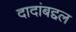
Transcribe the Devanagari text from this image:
दादांबद्दल